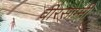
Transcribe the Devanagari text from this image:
वीरसाम्मी